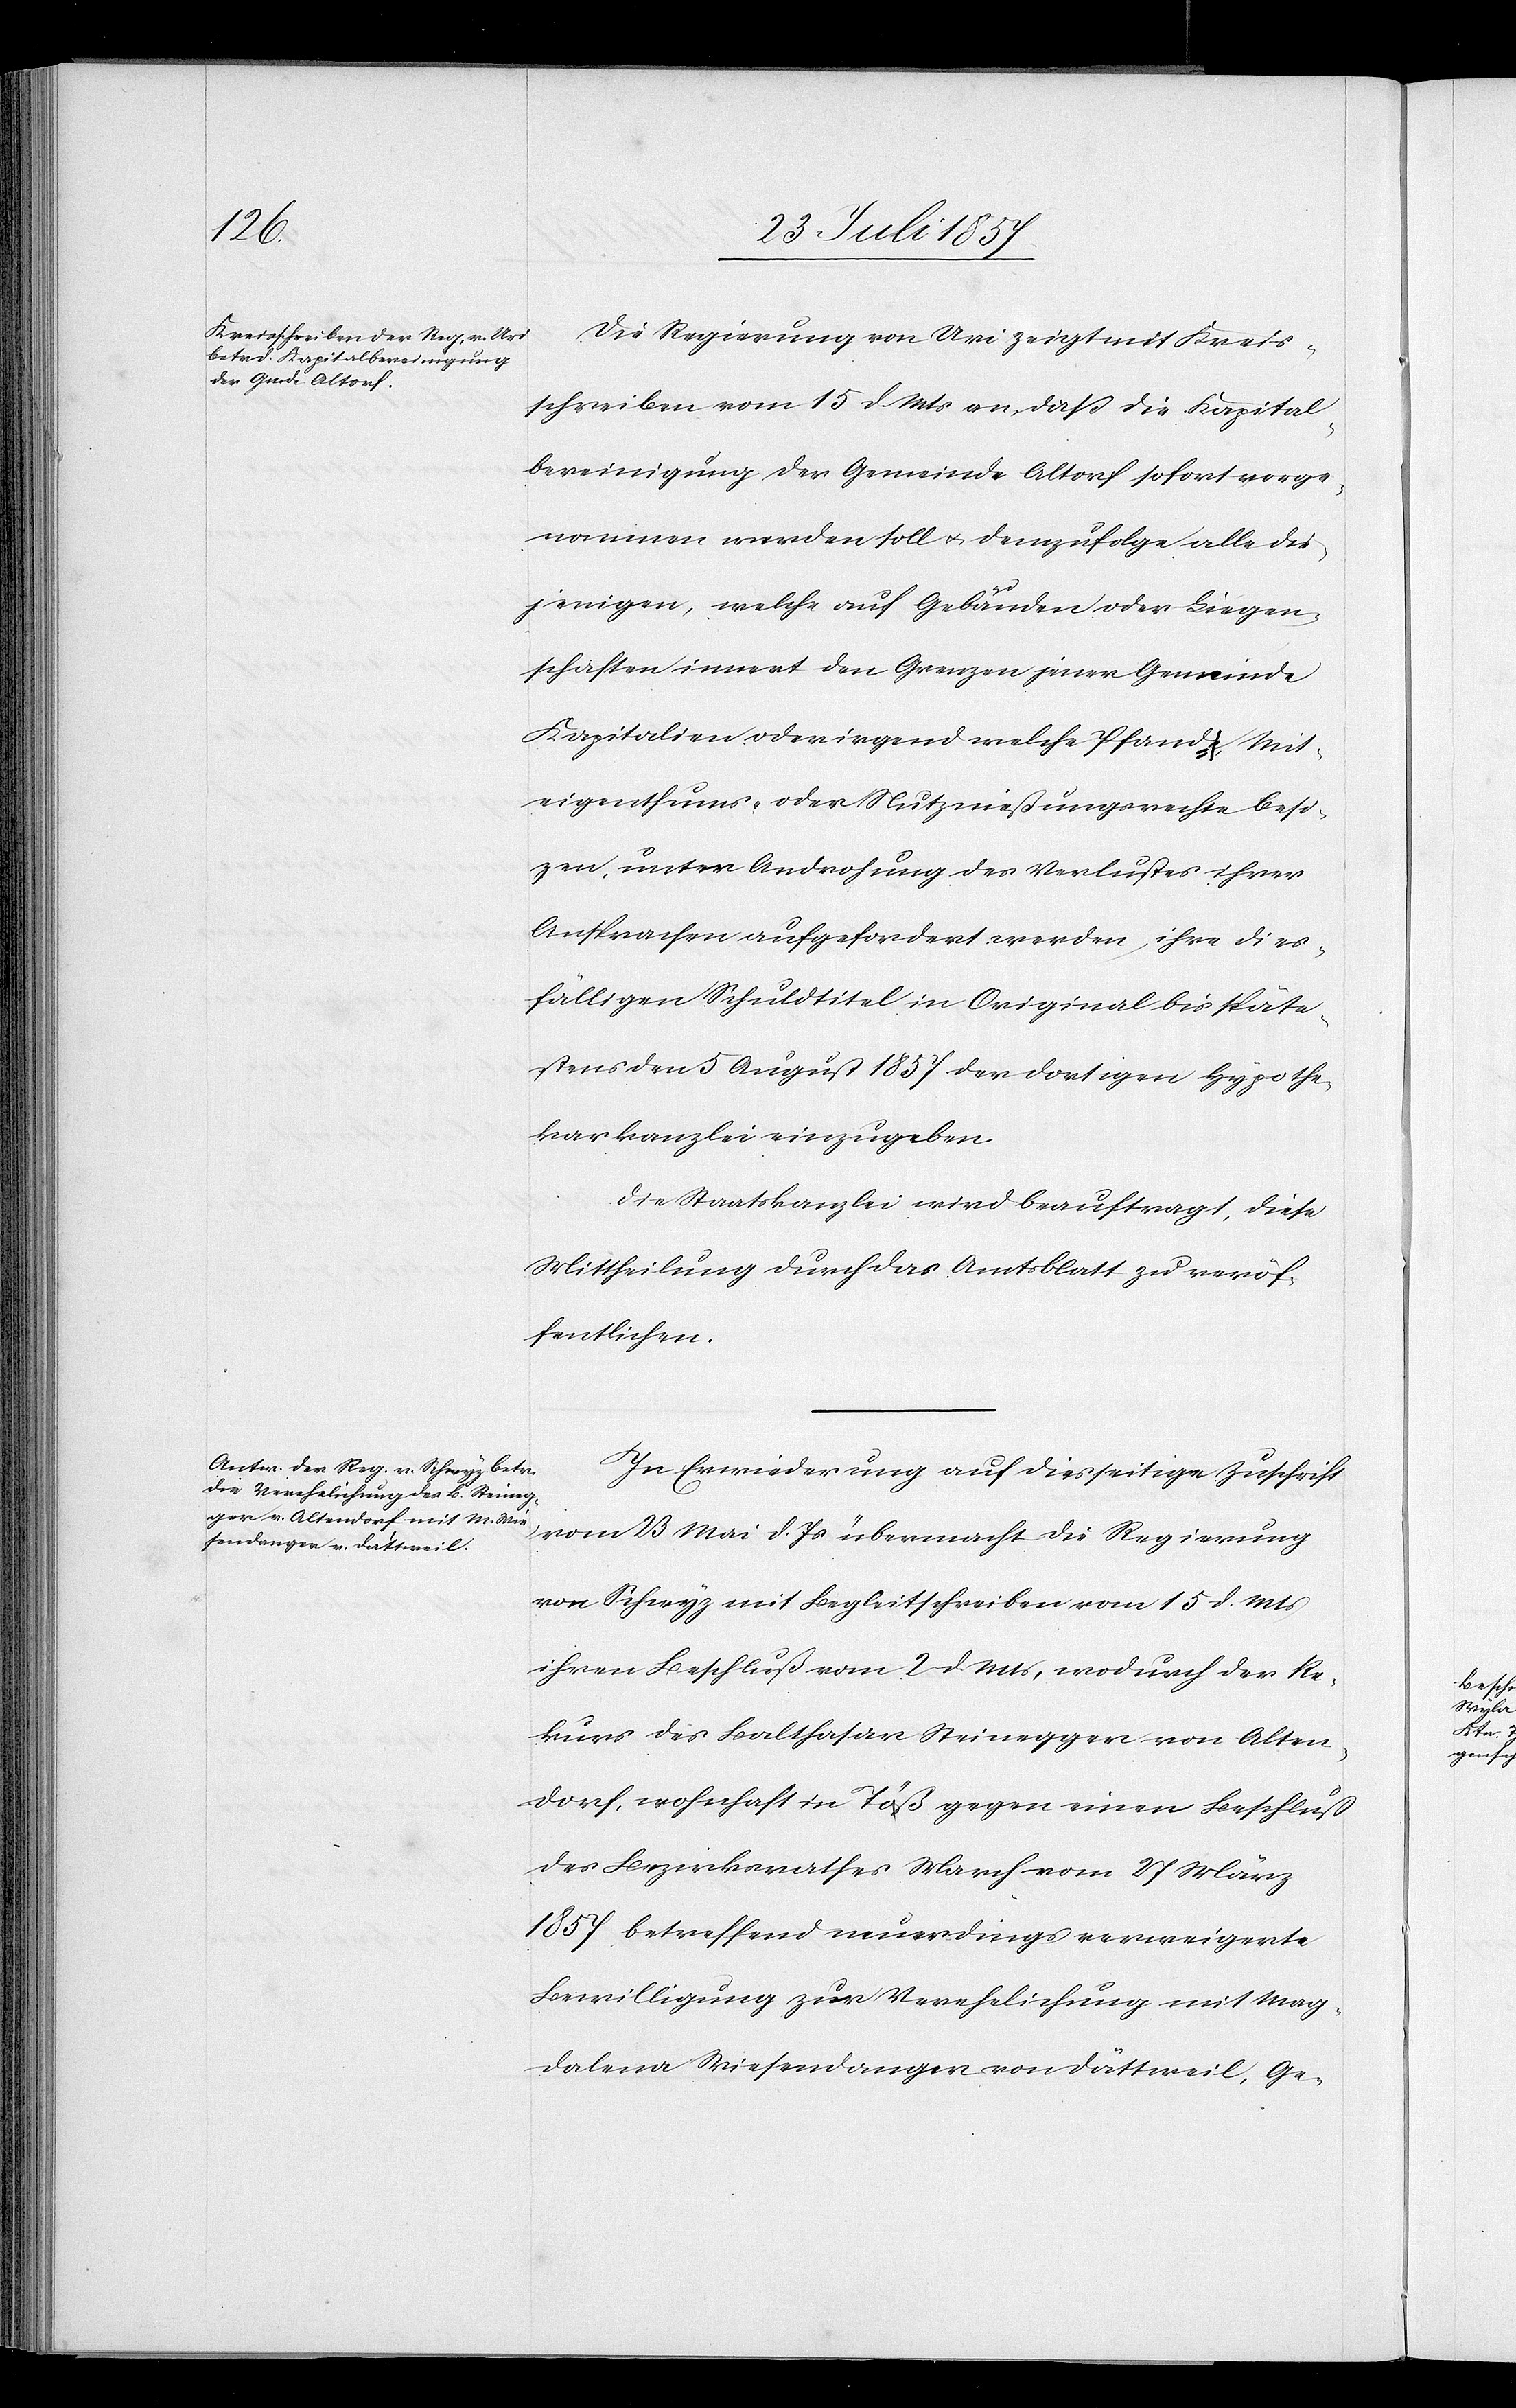
Die Regierung von Uri zeigt mit Kreis¬
schreiben vom 15 d. Mts. an, daß die Kapital¬
bereinigung der Gemeinde Altorf sofort vorge¬
nommen werden soll & demzufolge alle die¬
jenigen, welche auf Gebäuden oder Liegen¬
schaften innert den Grenzen jener Gemeinde
Kapitalien oder irgend welche Pfand-, Mit¬
eigenthums- oder Nutznießungsrechte besit¬
zen, unter Androhung des Verlustes ihrer
Ansprachen aufgefordert werden, ihre dies¬
fälligen Schuldtitel in Original bis späte¬
stens den 5 August 1857 der dortigen Hypothe¬
karkanzlei einzugeben.
Die Staatskanzlei wird beauftragt, diese
Mittheilung durch das Amtsblatt zu veröf¬
fentlichen.
In Erwiederung auf diesseitige Zuschrift
vom 23 Mai d. Js. übermacht die Regierung
von Schwyz mit Begleitschreiben vom 15 d. Mts.
ihren Beschluß vom 2 d. Mts., wodurch der Re¬
kurs des Balthasar Steinegger von Alten¬
dorf, wohnhaft in Töß gegen einen Beschluß
des Bezirksrathes March vom 27 März
1857 betreffend neuerdings verweigerte
Bewilligung zur Verehelichung mit Mag¬
dalena Wiesendangen von Dättweil, Ge-